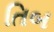
તિબ